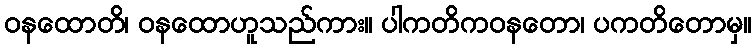
ဝနထောတိ၊ ဝနထောဟူသည်ကား။ ပါကတိကဝနတော၊ ပကတိတောမှ။